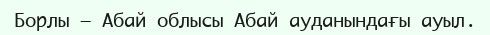
Борлы – Абай облысы Абай ауданындағы ауыл.